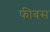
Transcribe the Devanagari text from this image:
फीबस